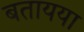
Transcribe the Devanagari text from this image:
बतायया